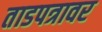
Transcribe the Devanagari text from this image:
ताडपत्रावर